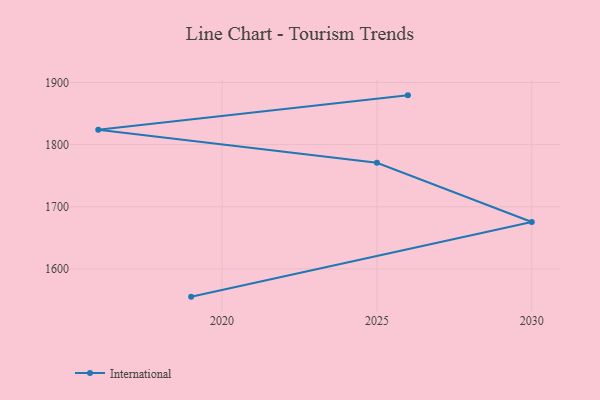
{"axis": {"x": "Year", "y": "Revenue (USD Million)"}, "legend": ["International"], "data": [{"x": "2026", "y": 1879.3, "type": "International"}, {"x": "2016", "y": 1823.8, "type": "International"}, {"x": "2025", "y": 1770.9, "type": "International"}, {"x": "2030", "y": 1675.5, "type": "International"}, {"x": "2019", "y": 1555.4, "type": "International"}]}